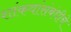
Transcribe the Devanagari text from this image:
शांकवांसंबंधीचे